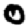
Digit: 0